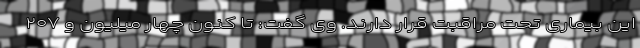
این بیماری تحت مراقبت قرار دارند. وی گفت: تا کنون چهار میلیون و ۲۰۷